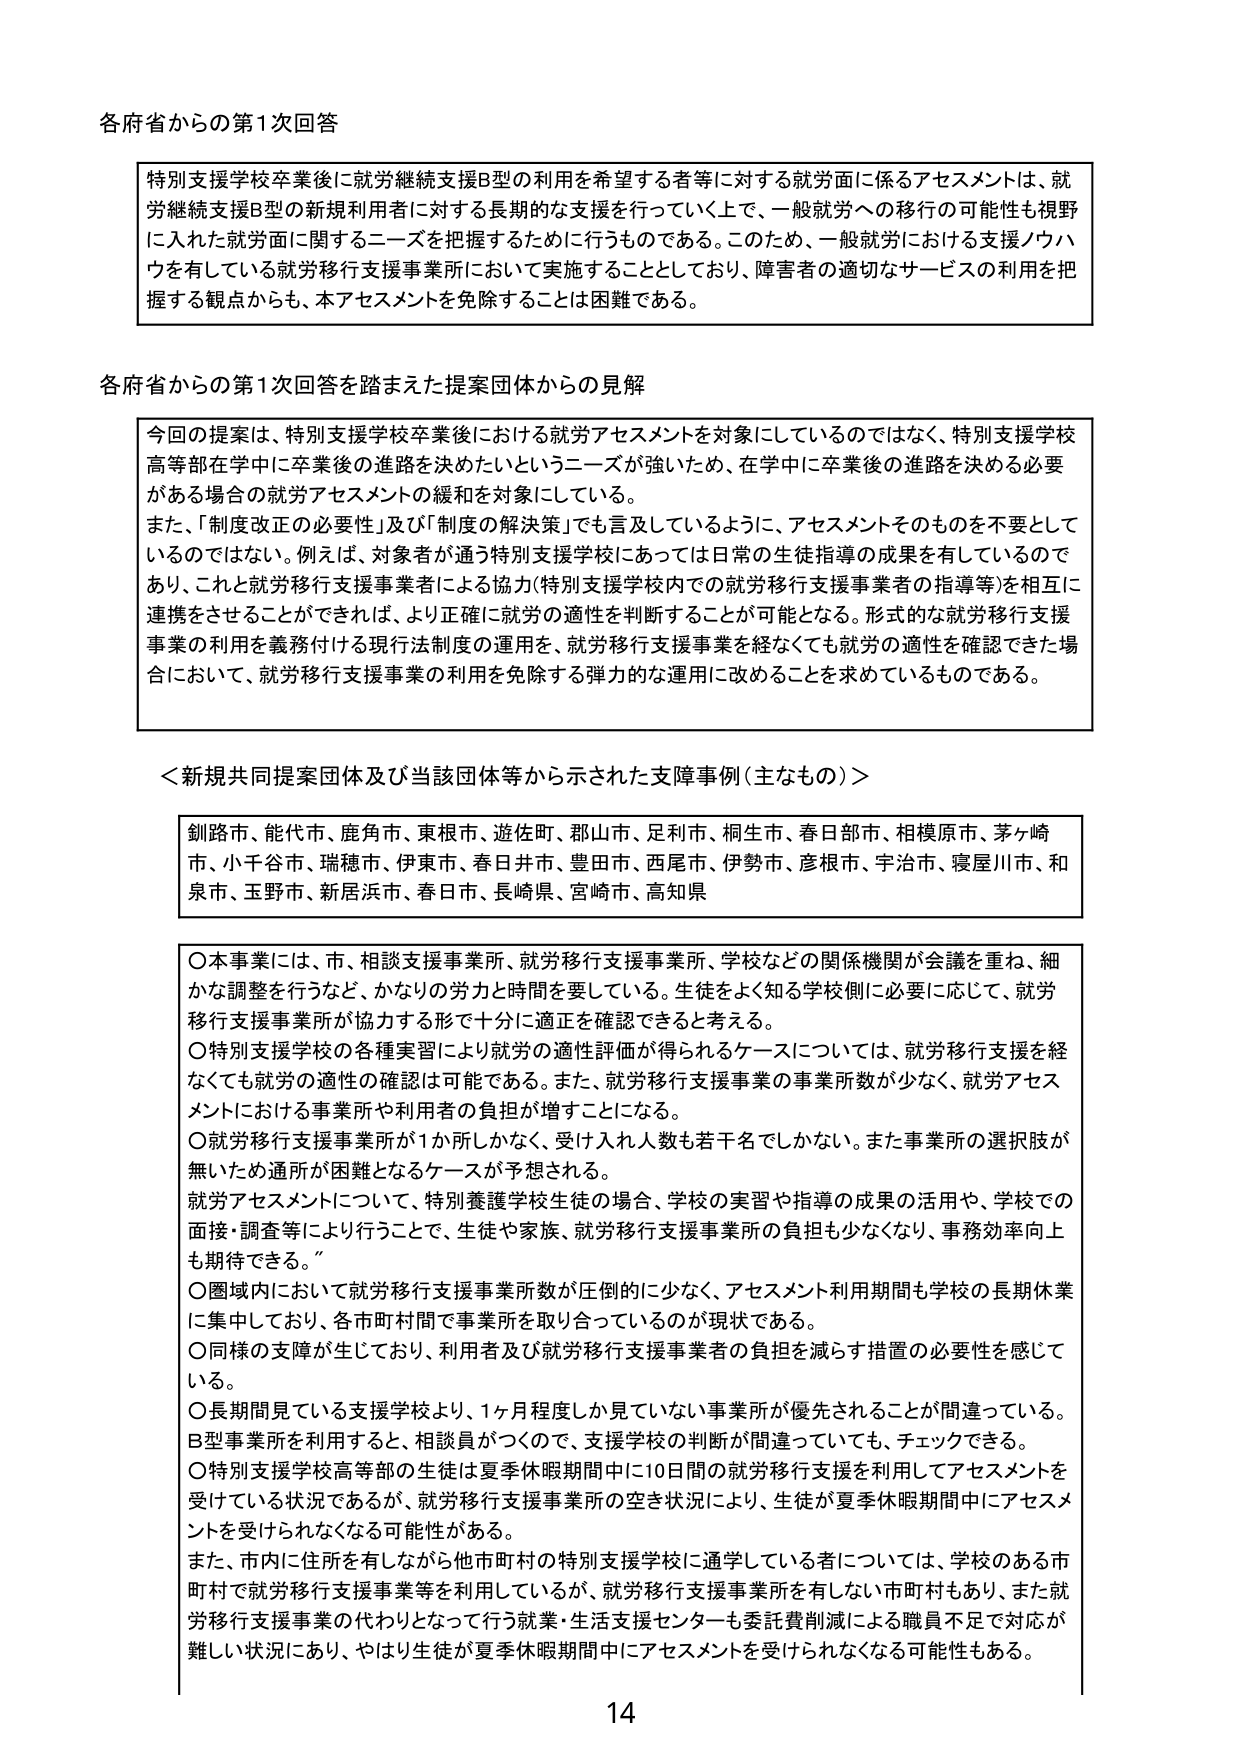
各府省からの第1次回答

特別支援学校卒業後に就労継続支援B型の利用を希望する者等に対する就労面に係るアセスメントは、就労継続支援B型の新規利用者に対する長期的な支援を行っていく上で、一般就労への移行の可能性も視野に入れた就労面に関するニーズを把握するために行うものである。このため、一般就労における支援ノウハウを有している就労移行支援事業所において実施することとしており、障害者の適切なサービスの利用を把握する観点からも、本アセスメントを免除することは困難である。

各府省からの第1次回答を踏まえた提案団体からの見解

今回の提案は、特別支援学校卒業後における就労アセスメントを対象にしてはなく、特別支援学校高等部在学中に卒業後の進路を決めたいというニーズが強いため、在学中に卒業後の進路を決める必要がある場合の就労アセスメントの緩和を対象にしている。
また、「制度改正の必要性」及び「制度の解決策」でも言及しているように、アセスメントそのものを不要としているのではない。例えば、対象者が通う特別支援学校にあっては日常の生徒指導の成果を有しているのであり、これと就労移行支援事業者による協力（特別支援学校内での就労移行支援事業者の指導等）を相互に連携させることができれば、より正確に就労の適性を判断することが可能となる。形式的な就労移行支援事業の利用を義務付ける現行法制度の運用を、就労移行支援事業を経なくとも就労の適性を確認できた場合において、就労移行支援事業の利用を免除する弾力的な運用に改めることを求めているものである。

＜新規共同提案団体及び当該団体等から示された支障事例（主なもの）＞

釧路市、能代市、鹿角市、東根市、遊佐町、郡山市、足利市、桐生市、春日部市、相模原市、茅ヶ崎市、小千谷市、瑞穂市、伊東市、春日井市、豊田市、西尾市、伊勢市、彦根市、宇治市、寝屋川市、和泉市、玉野市、新居浜市、春日市、長崎県、宮崎市、高知県

〇本事業には、市、相談支援事業所、就労移行支援事業所、学校などの関係機関が会議を重ね、細かな調整を行うなど、かなりの労力と時間を要している。生徒をよく知る学校側に必要に応じて、就労移行支援事業所が協力する形で十分に適正を確認できると考える。
〇特別支援学校の各種実習により就労の適性評価が得られるケースについては、就労移行支援を経なくても就労の適性の確認は可能である。また、就労移行支援事業の事業所数が少なく、就労アセスメントにおける事業所や利用者の負担が増すことになる。
〇就労移行支援事業所が1か所しかなく、受け入れ人数も若干名でしかない。また事業所の選択肢が無いため通所が困難となるケースが予想される。
就労アセスメントについて、特別養護学校生徒の場合、学校の実習や指導の成果の活用や、学校での面接・調査等により行うことで、生徒や家族、就労移行支援事業所の負担も少なくなり、事務効率向上も期待できる。
〇圏域内において就労移行支援事業所数が圧倒的に少なく、アセスメント利用期間も学校の長期休業に集中しており、各市町村間で事業所を取り合っているのが現状である。
〇同様の支障が生じており、利用者及び就労移行支援事業者の負担を減らす措置の必要性を感じている。
〇長期間見ている支援学校より、1ヶ月程度しか見ていない事業所が優先されることが間違っている。B型事業所を利用すると、相談員がつくので、支援学校の判断が間違っていても、チェックできる。
〇特別支援学校高等部の生徒は夏季休暇期間中に10日間の就労移行支援を利用してアセスメントを受けている状況であるが、就労移行支援事業所の空き状況により、生徒が夏季休暇期間中にアセスメントを受けられなくなる可能性がある。
また、市内に住所を有しながら他市町村の特別支援学校に通学している者については、学校のある市町村で就労移行支援事業等を利用しているが、就労移行支援事業所を有しない市町村もあり、また就労移行支援事業の代わりとなって行う就業・生活支援センターも委託費削減による職員不足で対応が難しい状況にあり、やはり生徒が夏季休暇期間中にアセスメントを受けられなくなる可能性もある。

14